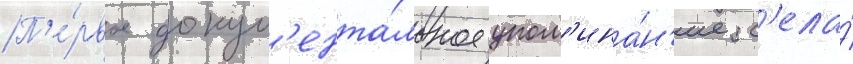
П'е́рвое докум'ента́льное упом'ина́н'ие с'ела́